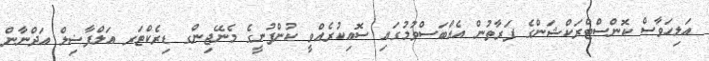
އަލިހަވާސް ކޮންސްޓްރަކްޝަންގެ ފަރާތުން އެއްބަސްވުމުގައި ސޮއިކުރެއްވީ ކުންފުނީގެ މެނޭޖިންގ ޑިރެކްޓަރ އަލްފާޟިލް އަދްނާން